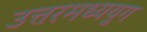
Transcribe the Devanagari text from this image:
उत्तरमध्ययुग